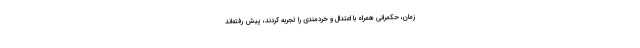
زمان، حکمرانیِ همراه با اعتدال و خردمندی را تجربه کردند، پیش رفته‌اند